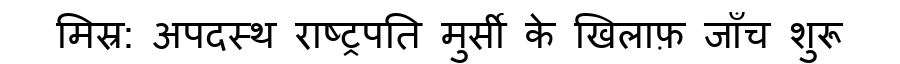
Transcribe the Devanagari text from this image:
मिस्र: अपदस्थ राष्ट्रपति मुर्सी के खिलाफ़ जाँच शुरू